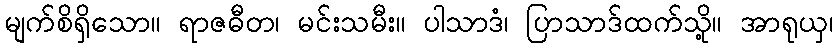
မျက်စိရှိသော။ ရာဇဓီတ၊ မင်းသမီး။ ပါသာဒံ၊ ပြာသာဒ်ထက်သို့။ အာရုယှ၊